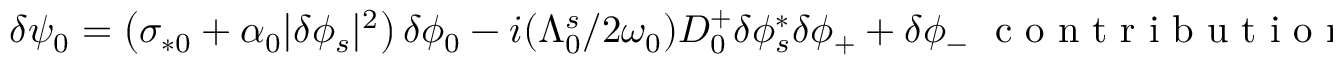
\begin{array} { r } { \delta \psi _ { 0 } = \left( \sigma _ { * 0 } + \alpha _ { 0 } \lvert \delta \phi _ { s } \rvert ^ { 2 } \right) \delta \phi _ { 0 } - i ( \Lambda _ { 0 } ^ { s } / 2 \omega _ { 0 } ) D _ { 0 } ^ { + } \delta \phi _ { s } ^ { * } \delta \phi _ { + } + \delta \phi _ { - } \ \mathrm { ~ c ~ o ~ n ~ t ~ r ~ i ~ b ~ u ~ t ~ i ~ o ~ n ~ } , } \end{array}